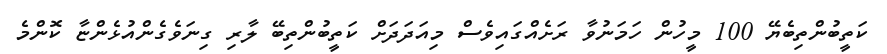
ކަތީބުންތިބެޔޭ 100 މީހުން ހަމަނުވާ ރަށެއްގައިވެސް މިއަދަދަށް ކަތީބުންތިބޭ ލާރި ގިނަވެގެންއުޅެންޏާ ކޮންމެ